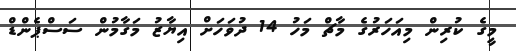
މީގެ ކުރިން މިއަހަރުގެ މާޗް މަހު 14 ދުވަހަށް އިޔާޒު މަގާމުން ސަސްޕެންޑް